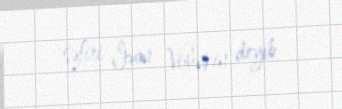
səfiri İvan Volınkin deyib.